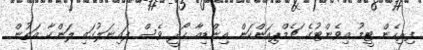
ފިރިހެން ޓީމު އިވެންޓުގެ ޗެމްޕިއަންކަން އިންޑިއާ ހޯދީ ވެސް ފައިނަލުގައި ލަންކާ އަތުން